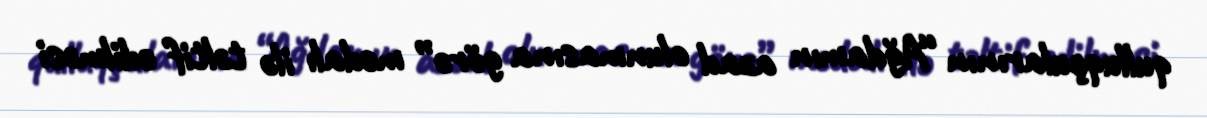
qulluqçularının “Ağdamın azad olunmasına görə” medalı ilə təltif edilməsi